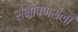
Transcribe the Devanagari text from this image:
संभाषणशैली